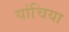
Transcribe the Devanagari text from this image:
यांचिया